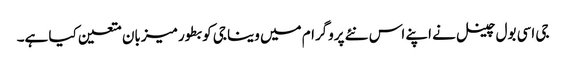
جی اسی بول چینل نے اپنے اس نئے پروگرام میں وینا جی کو بطور میزبان متعین کیا ہے۔